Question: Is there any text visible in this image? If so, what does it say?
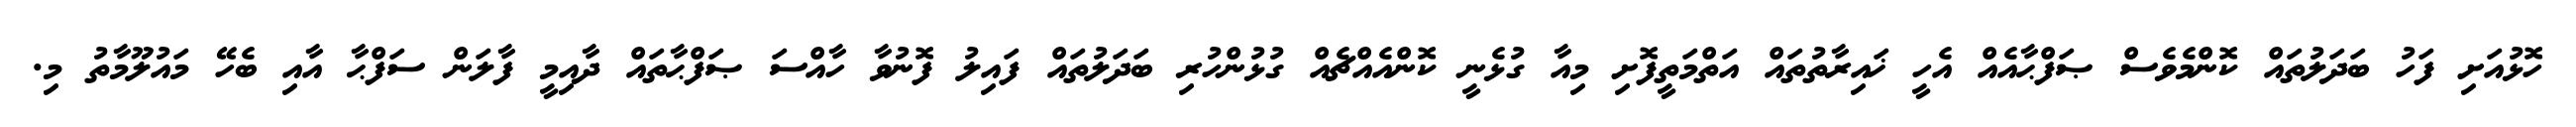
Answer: ހޮޅުއަށި ފަހު ބަދަލުތައް ކޮންމެވެސް ޞަފްޙާއެއް އެހީ ޚައިރާތުތައް އަތްމަތީފޮށި މިއާ ގުޅެނީ ކޮންއެއްޗެއް ގުޅުންހުރި ބަދަލުތައް ފައިލު ފޮނުވާ ހާއްސަ ޞަފްޙާތައް ދާއިމީ ފާލަން ސަފްޙާ އާއި ބެހޭ މައުލޫމާތު މި.